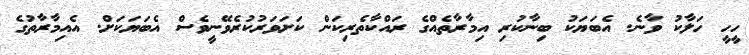
ހީހީ ހަލާކު ވާނެ. އެބަޔަކު ބިނާކުރި އިމާރާތެއްގެ ރައްކާތެރިކަން ކަށަވަރުކުރެވޭނީވެސް އެބަޔަކަށް. އެއިމާރާތުގެ